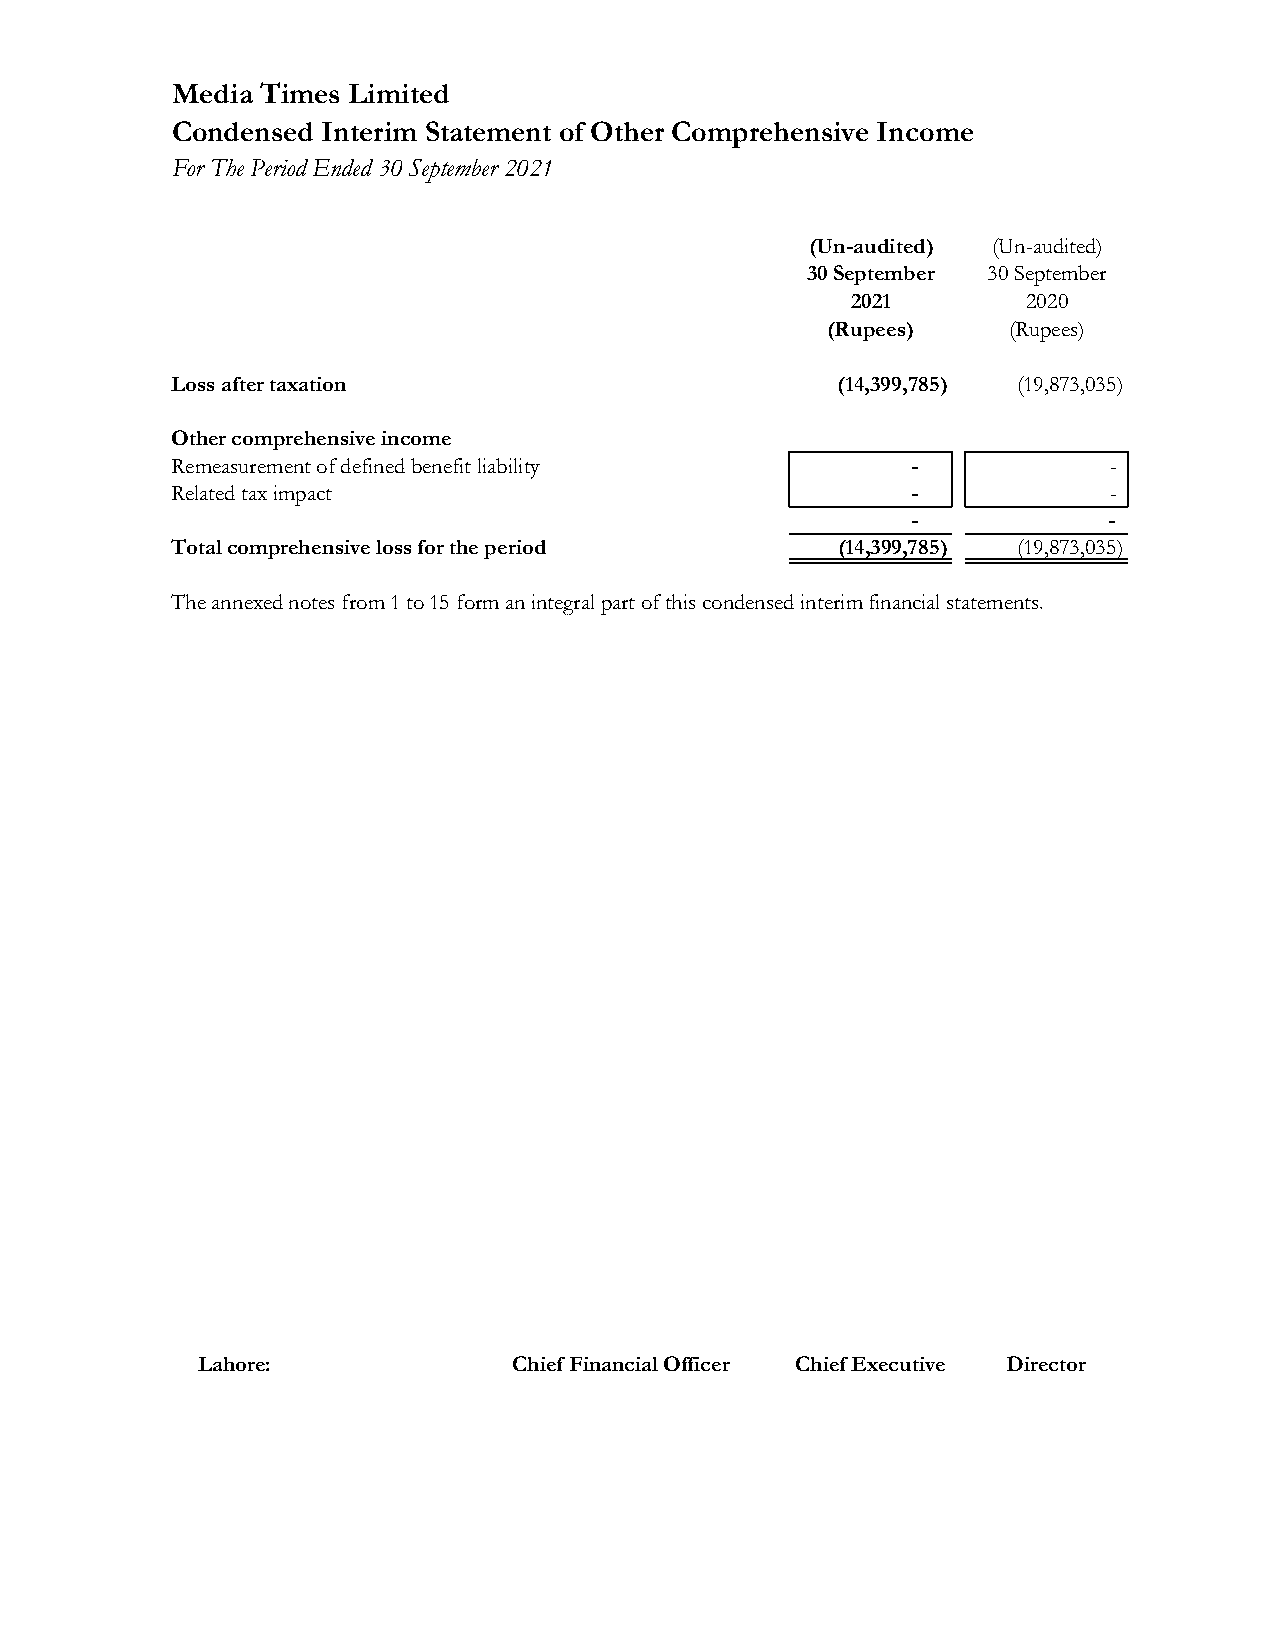
Media Times Limited
 Condensed Interim Statement of Other Comprehensive Income
 For The Period Ended 30 September 2021
 (Un-audited) (Un-audited)
 30 September 30 September
 2021        2020
 (Rupees)    (Rupees)
 Loss after taxation                 (14,399,785 )       (19,873,035)
 Other comprehensive income
 Remeasurement of defined benefit liability       -             -
 Related tax impact                               -             -
 -            -
 Total comprehensive loss for the period     (14,399,785) (19,873,035)
 The annexed notes from 1 to 15 form an integral part of this condensed interim financial statements.
 Lahore:           Chief Financial Officer Chief Executive Director